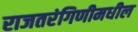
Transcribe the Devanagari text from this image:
राजतरंगिणीमधील